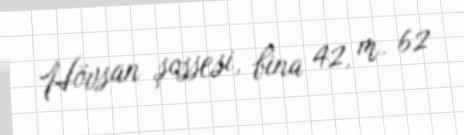
Hövsan şossesi, bina 42, m. 62